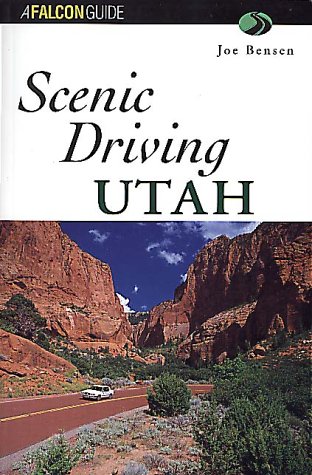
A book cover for Scenic Driving Utah (Scenic Driving Series); Joe Bensen; Travel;